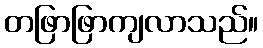
တဖြာဖြာကျလာသည်။